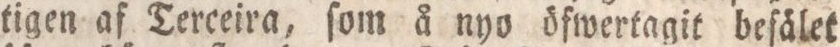
tigen af Terceira, ſom å nyo öfwertagit befälet